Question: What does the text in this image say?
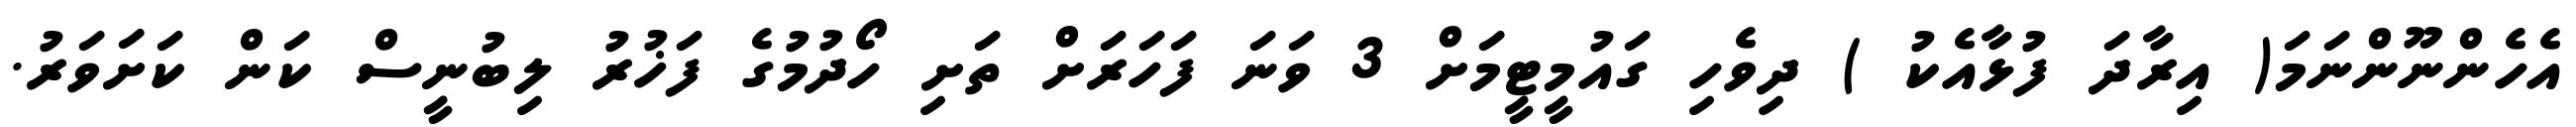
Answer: އެހެންނޫންނަމަ( އިރާދަ ފުޅާއެކު ) ދިވެހި ގައުމީޓީމަށް 3 ވަނަ ފަހަރަށް ތަށި ހޯދުމުގެ ފަޚުރު ލިބުނީސް ކަން ކަށަވަރު.